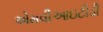
એમવીઆઇટીડી